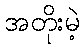
အတိုးမဲ့